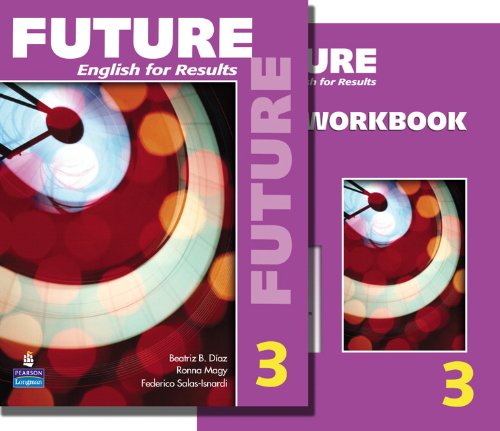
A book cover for Future 3 package: Student Book (with Practice Plus CD-ROM) and Workbook; Irene E. Schoenberg; Test Preparation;